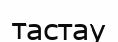
тастау